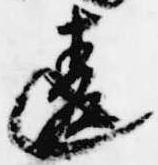
違